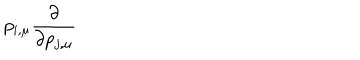
p _ { i , \mu } \frac { \partial } { \partial p _ { j , \mu } }